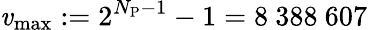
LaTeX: \mathit{v}_{\mathrm{{max}}}:=2^{N_{\mathrm{{P}}}-1}-1=8~388~607